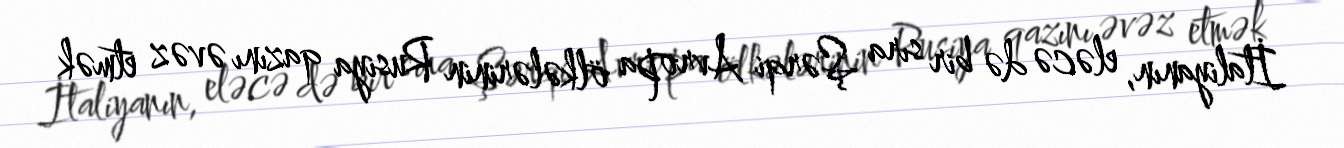
İtaliyanın, eləcə də bir sıra Şərqi Avropa ölkələrinin Rusiya qazını əvəz etmək